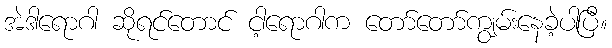
အဲဒါရောဂါ ဆိုရင်တောင် ငါ့ရောဂါက တော်တော်ကျွမ်းနေခဲ့ပါပြီ။